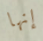
إنها